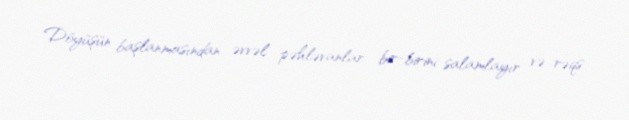
Döyüşün başlanmasından əvvəl pəhləvanlar bir-birini salamlayır və rəqs